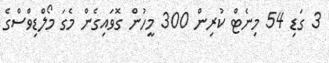
3 ގަޑި 54 މިނެޓް ކުރިން 300 މީހުން ގޮވައިގެން މެގަ މޯލްޑިވްސްގެ